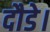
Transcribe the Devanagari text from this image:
दौडे।